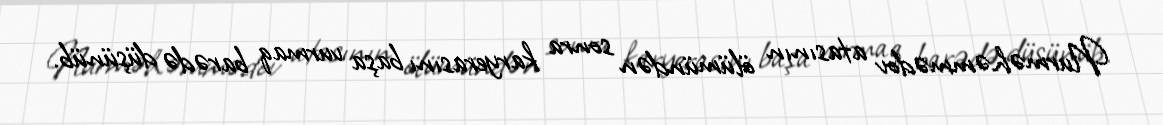
Nurməhəmmədov atasının ölümündən sonra karyerasını başa vurmaq barədə düşünüb.